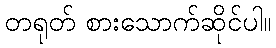
တရုတ် စားသောက်ဆိုင်ပါ။